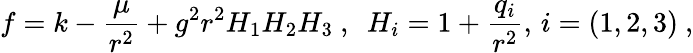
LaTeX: f=k-{\frac{\mu}{r^{2}}}+g^{2}r^{2}H_{1}H_{2}H_{3}\ ,\ \ H_{i}=1+{\frac{q_{i}}{r^{2}}},\, i=(1,2,3)\ ,